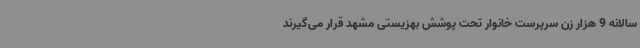
سالانه 9 هزار زن سرپرست خانوار تحت پوشش بهزیستی مشهد قرار می‌گیرند